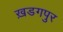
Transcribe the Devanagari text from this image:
ख़डगपुर